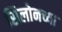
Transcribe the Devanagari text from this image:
सिलोनच्या